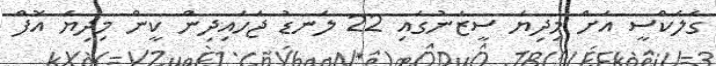
ގެލެކްސީ އަށް މިދިޔަ ސީޒަނުގައި 22 ލަނޑު ޖަހައިދިން ކީން މިދިޔަ އޮފް